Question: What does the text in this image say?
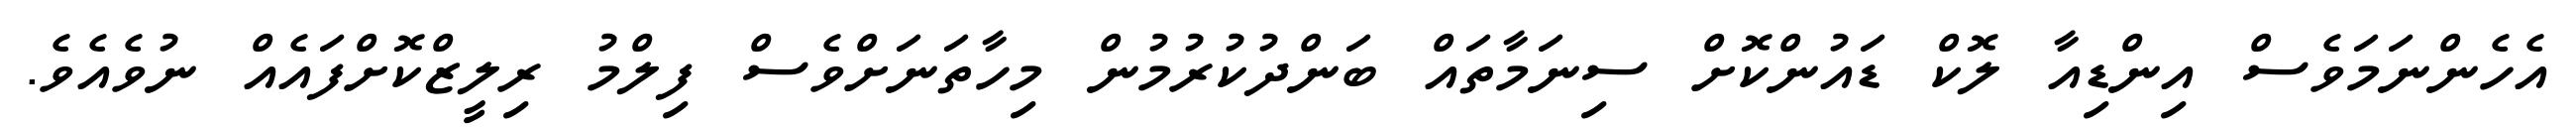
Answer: އެހެންނަމަވެސް އިންޑިއާ ލޮކް ޑައުންކޮށް ސިނަމާތައް ބަންދުކުރުމުން މިހާތަނަށްވެސް ފިލްމު ރިލީޒްކޮށްފައެއް ނުވެއެވެ.